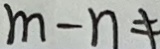
m - n \neq